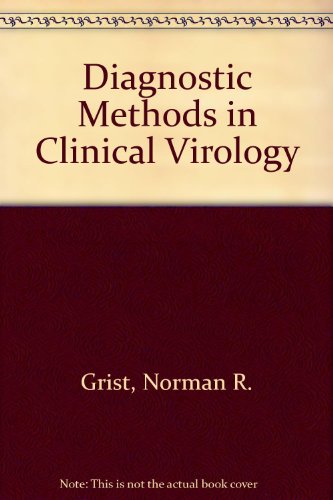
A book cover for Diagnostic Methods in Clinical Virology; Norman R. Grist; Medical Books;